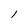
Character: l